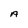
Character: A